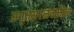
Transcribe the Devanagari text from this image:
अमृतसरजवळील